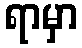
ရာမှာ